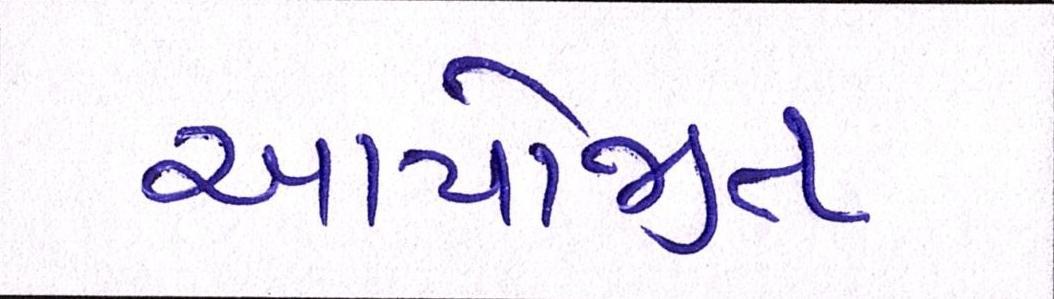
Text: આયોજીત